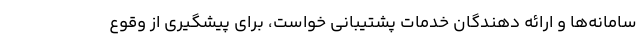
سامانه‌ها و ارائه دهندگان خدمات پشتیبانی خواست، برای پیشگیری از وقوع